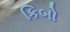
કિબો